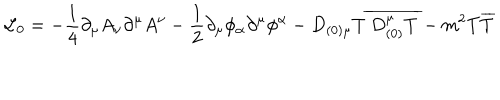
{ \cal L } _ { 0 } = - \frac { 1 } { 4 } \partial _ { \mu } A _ { \nu } \partial ^ { \mu } A ^ { \nu } - \frac { 1 } { 2 } \partial _ { \mu } \phi _ { \alpha } \partial ^ { \mu } \phi ^ { \alpha } - D _ { ( 0 ) \mu } T \overline { { { \: D _ { ( 0 ) } ^ { \mu } T } } } - m ^ { 2 } T \overline { { { T } } }